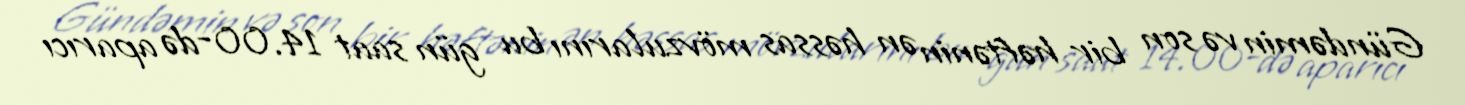
Gündəmin və son bir həftənin ən həssas mövzularını bu gün saat 14.00-də aparıcı